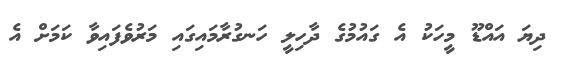
ދިޔަ އައްޑޫ މީހަކު އެ ގައުމުގެ ދާހިލީ ހަނގުރާމައިގައި މަރުވެފައިވާ ކަމަށް އެ